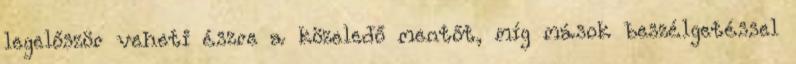
legelőször veheti észre a közeledő mentőt, míg mások beszélgetéssel